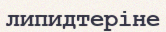
липидтеріне